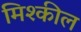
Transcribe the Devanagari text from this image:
मिश्कील